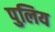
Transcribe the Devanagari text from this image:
पुलिय